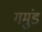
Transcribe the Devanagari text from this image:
गमुंड